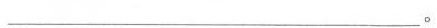
___。